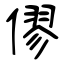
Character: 僇